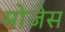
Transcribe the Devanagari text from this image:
मोजेस